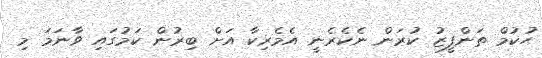
ޙުކުމް ތަންފީޒު ކުރަން ނެކެރެނީ އެމެރިކާ އަށް ބިރުން ކަމުގައި ވާނަމަ މި